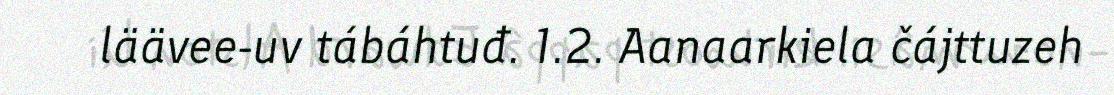
läävee-uv tábáhtuđ. 1.2. Aanaarkiela čájttuzeh